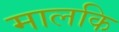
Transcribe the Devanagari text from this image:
मालकि